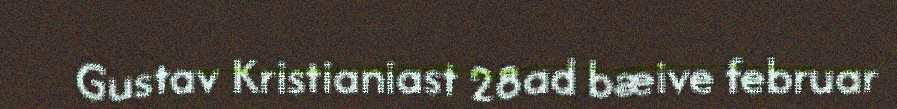
Gustav Kristianiast 28ad bæive februar